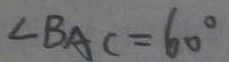
\angle B A C = 6 0 ^ { \circ }